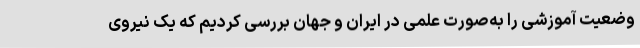
وضعیت آموزشی را به‌صورت علمی در ایران و جهان بررسی کردیم که یک نیروی